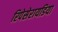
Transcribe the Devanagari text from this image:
रिपेसेरायडिया